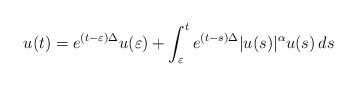
LaTeX: \begin{align*} u(t) = e^{(t- \varepsilon )\Delta } u(\varepsilon ) + \int _\varepsilon ^t e^{ (t-s) \Delta } |u(s)|^\alpha u(s)\, ds\end{align*}